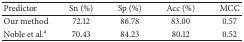
<table><thead><tr><td><b>Predictor</b></td><td><b>Sn (%)</b></td><td><b>Sp (%)</b></td><td><b>Acc (%)</b></td><td><b>MCC</b></td></tr></thead><tbody><tr><td>Our method</td><td>72.12</td><td>86.78</td><td>83.00</td><td>0.57</td></tr><tr><td>Noble et al.<sup>a</sup></td><td>70.43</td><td>84.23</td><td>80.12</td><td>0.52</td></tr></tbody></table>